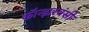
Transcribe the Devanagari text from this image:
कॉन्झरवंसी